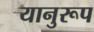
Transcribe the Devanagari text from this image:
यानुरूप